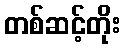
တစ်ဆင့်တိုး